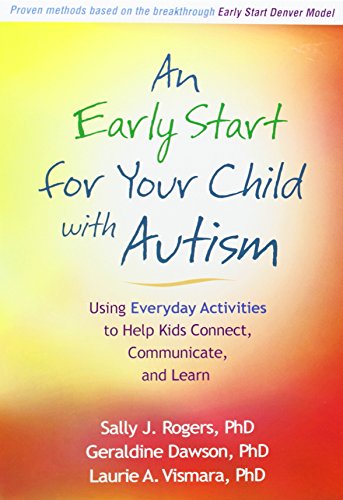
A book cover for An Early Start for Your Child with Autism: Using Everyday Activities to Help Kids Connect, Communicate, and Learn; Sally J. Rogers PhD; Education & Teaching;